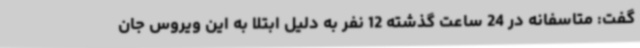
گفت: متاسفانه در 24 ساعت گذشته 12 نفر به دلیل ابتلا به این ویروس جان